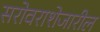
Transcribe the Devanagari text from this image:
सरोवराशेजारील